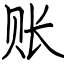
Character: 账